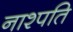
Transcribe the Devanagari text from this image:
नाश्पति